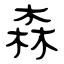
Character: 森